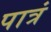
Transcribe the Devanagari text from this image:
पात्रं